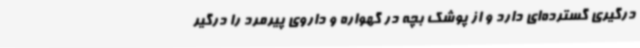
درگیری گسترده‌ای دارد و از پوشک بچه در گهواره و داروی پیرمرد را درگیر